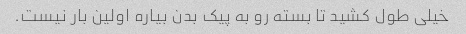
خیلی طول کشید تا بسته رو به پیک بدن بیاره اولین بار نیست.